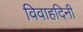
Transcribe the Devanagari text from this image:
विवाहदिनी